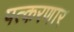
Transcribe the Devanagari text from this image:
पत्करणार